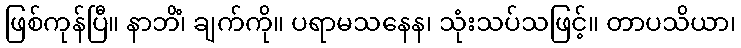
ဖြစ်ကုန်ပြီ။ နာဘိံ၊ ချက်ကို။ ပရာမသနေန၊ သုံးသပ်သဖြင့်။ တာပသိယာ၊